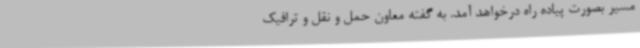
مسیر بصورت پیاده راه درخواهد آمد. به گفته معاون حمل و نقل و ترافیک